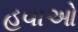
હવાઓ